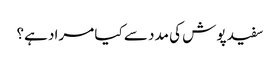
سفید پوش کی مدد سے کیا مراد ہے؟